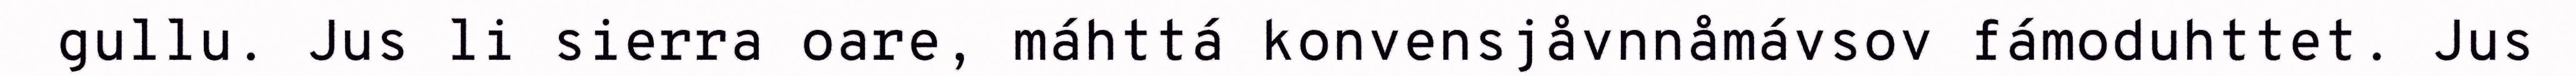
gullu. Jus li sierra oare, máhttá konvensjåvnnåmávsov fámoduhttet. Jus